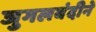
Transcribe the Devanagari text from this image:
जुगलबंदीने